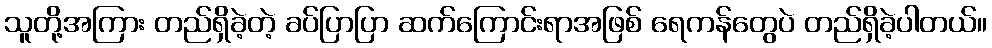
သူတို့အကြား တည်ရှိခဲ့တဲ့ ခပ်ပြာပြာ ဆက်ကြောင်းရာအဖြစ် ရေကန်တွေပဲ တည်ရှိခဲ့ပါတယ်။